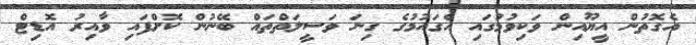
އެގޮތުން އީޔޫއިން ވަކިވުމުގައި އެގައުމުގެ ގިނަ ވަސީލަތްތައް ބޭނުން ކޮށްފައި ވާއިރު އޮޑިޓް